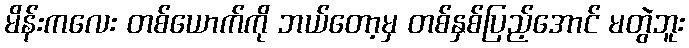
မိန်းကလေး တစ်ယောက်ကို ဘယ်တော့မှ တစ်နှစ်ပြည့်အောင် မတွဲဘူး